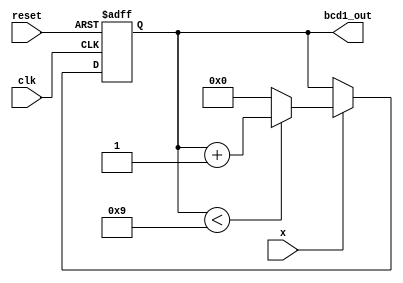
module bcd1 (clk, reset, x, bcd1_out);
  input clk, reset, x;
  output [3:0] bcd1_out;

  reg [3:0] count_reg; 

  assign bcd1_out = count_reg;

  always @(posedge clk or negedge reset) begin
    if (reset == 1'b0) begin
      count_reg <= 0;

    end else begin
      if ( x == 1'b1 ) begin  
        if ( count_reg < 9 ) begin  
          
          count_reg <= count_reg + 1;
        end else begin

          count_reg <= 0;
        end  // END: if ( ) begin  // ????????????????? 0 ?????? or ?????????????
      end  // END: if ( ) begin  // x ?? 1'b1 ????????????
    end  // END: if (reset == 1'b0) begin
  end  // END: always @(posedge clk or negedge reset) begin
endmodule // bcd1